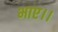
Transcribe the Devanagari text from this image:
भाए।।